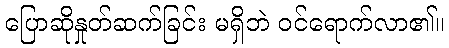
ပြောဆိုနှုတ်ဆက်ခြင်း မရှိဘဲ ဝင်ရောက်လာ၏။